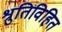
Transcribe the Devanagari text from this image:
श्रुतिविहित